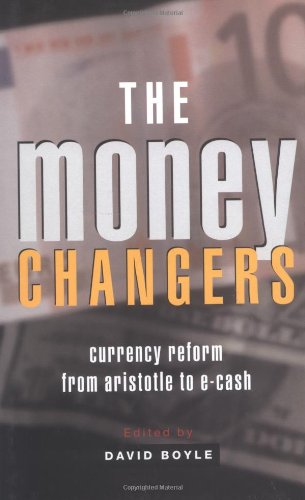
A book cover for The Money Changers: Currency Reform from Aristotle to E-Cash; Business & Money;